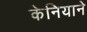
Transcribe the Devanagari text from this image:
केनियाने